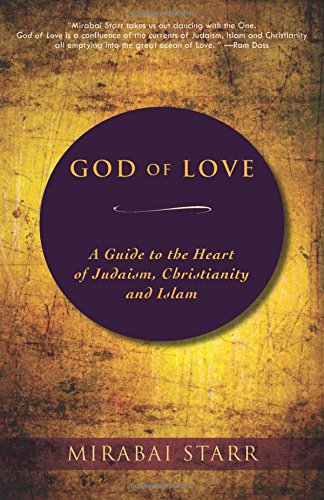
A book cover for God of Love: A Guide to the Heart of Judaism, Christianity and Islam; Mirabai Starr; Christian Books & Bibles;